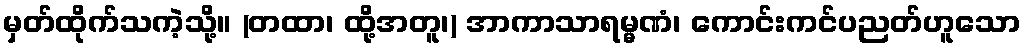
မှတ်ထိုက်သကဲ့သို့။ (တထာ၊ ထို့အတူ၊) အာကာသာရမ္မဏံ၊ ကောင်းကင်ပညတ်ဟူသော